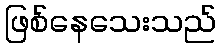
ဖြစ်နေသေးသည်